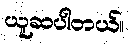
ယူဆပါတယ်။